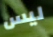
ليس